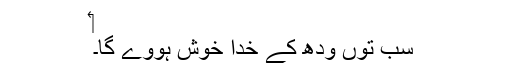
‏
سب توں ودھ کے خدا خوش ہووے گا۔